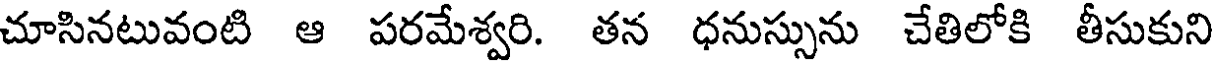
చూసినటువంటి ఆ పరమేశ్వరి. తన ధనుస్సును చేతిలోకి తీసుకుని